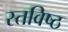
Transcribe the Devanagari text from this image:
स्तविष्ठ